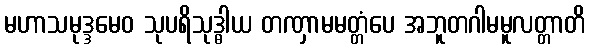
မဟာသမုဒ္ဒမေဝ သုပရိသုဒ္ဓါယ တဏှာမမတ္တံပေ အဘူတဂါမမူလတ္တာတိ